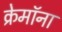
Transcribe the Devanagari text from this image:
क्रेमॉना